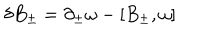
\delta B _ { \pm } = \partial _ { \pm } \omega - [ B _ { \pm } , \omega ]